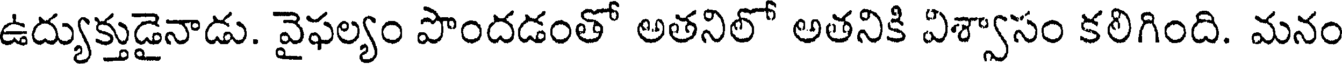
ఉద్యుక్తుడైనాడు. వైఫల్యం పొందడంతో అతనిలో అతనికి విశ్వాసం కలిగింది. మనం